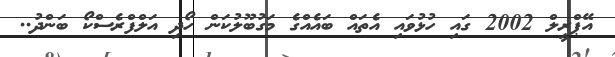
އޭޕްރީލް 2002 ގައި ހުޅުވައި އެތައް ބައެއްގެ މަގުބޫލުކަން ހޯދި އަލްފްރެސްކޯ ބަންދު..